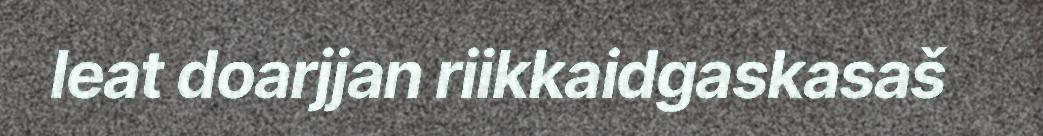
leat doarjjan riikkaidgaskasaš